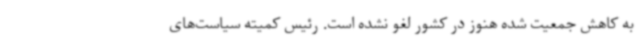
به کاهش جمعیت شده هنوز در کشور لغو نشده است. رئیس کمیته سیاست‌های